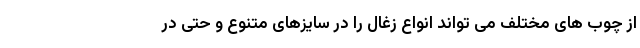
از چوب های مختلف می تواند انواع زغال را در سایزهای متنوع و حتی در